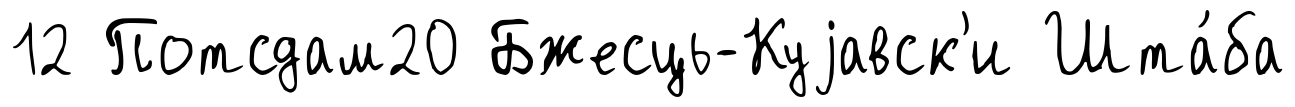
12 Потсдам20 Бжесць-Куjавск'и Шта́ба